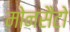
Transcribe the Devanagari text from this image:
मोनसैंटो